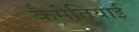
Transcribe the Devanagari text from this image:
कैमेतियाई